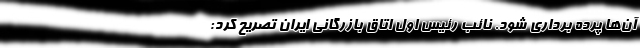
آن‌ها پرده برداری شود. نائب رئیس اول اتاق بازرگانی ایران تصریح کرد: